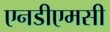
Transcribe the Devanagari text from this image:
एनडीएमसी